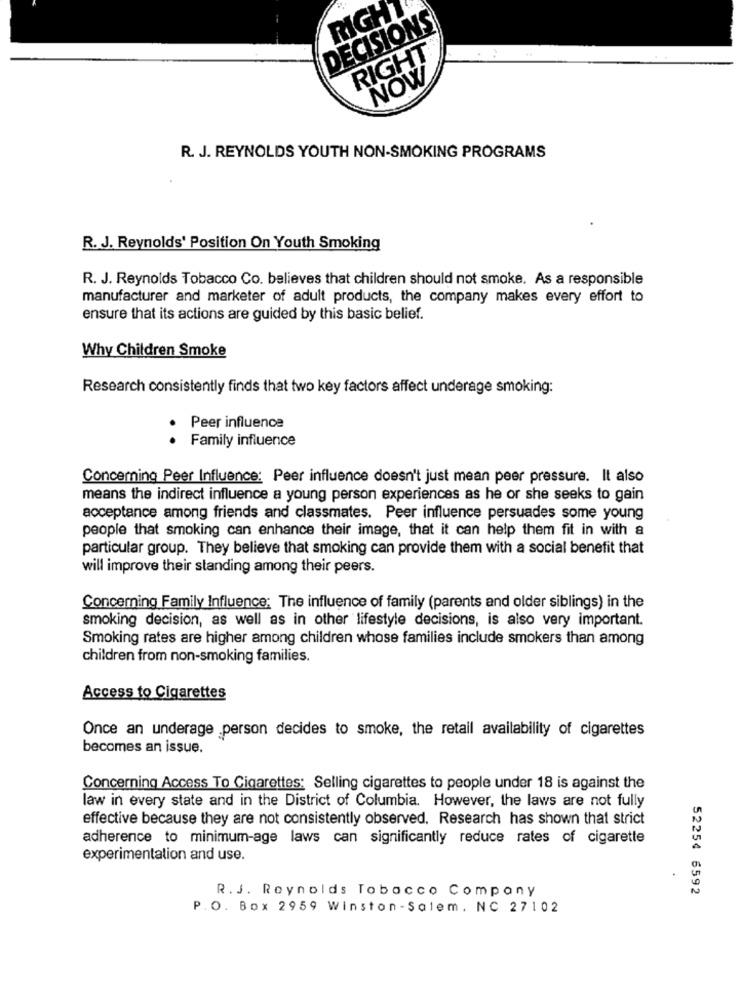
RIGHT
DECISIONS
RIGHT
NOW
R. J. REYNOLDS YOUTH NON-SMOKING PROGRAMS
R. J. Reynolds' Position On Youth Smoking
R. J. Reynolds Tobacco Co. believes that children should not smoke. As a responsible
manufacturer and marketer of adult products, the company makes every effort to
ensure that its actions are guided by this basic belief.
Why Children Smoke
Research consistently finds that two key factors affect underage smoking:
Peer influence
.
Family influence
Conceming Peer Influence: Peer influence doesn't just mean peer pressure. It also
means the indirect influence a young person experiences as he or she seeks to gain
acceptance among friends and classmates. Peer influence persuades some young
people that smoking can enhance their image, that it can help them fit in with a
particular group. They believe that smoking can provide them with a social benefit that
will improve their standing among their peers.
Concerning Family Influence: The influence of family (parents and older siblings) in the
smoking decision, as well as in other lifestyle decisions, is also very important.
Smoking rates are higher among children whose families include smokers than among
children from non-smoking families.
Access to Cigarettes
Once an underage person decides to smoke, the retail availability of cigarettes
becomes an issue.
Concerning Access To Cigarettes: Selling cigarettes to people under 18 is against the
law in every state and in the District of Columbia. However, the laws are not fully
effective because they are not consistently observed. Research has shown that strict
adherence to minimum-age laws can significantly reduce rates of cigarette
experimentation and use.
R. J. Reynolds Tobacco Company
52254 6592
P.O. Box 2959 Winston-Salem, NC 27102